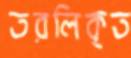
তরলিকৃত